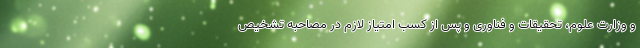
و وزارت علوم، تحقیقات و فناوری و پس از کسب امتیاز لازم در مصاحبه تشخیص